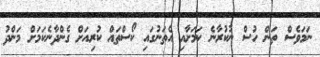
ނަމަވެސް ތަން ހުސް ނުކުރާނެ ކަމަށާއި އެތަނުގައި ކޯސްތައް ކުރިއަށް ގެންދާނެކަމަށް މަންދު